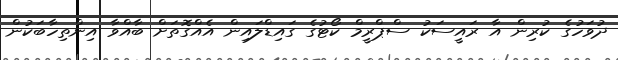
ދުވަހުގެ ކުރިން އާ ރައީސަކު ސްޕްރީމް ކޯޓުގެ ގައިޑްލައިން އެއްގޮތަށް ބާއްވާ އިންތިހާބަކުން